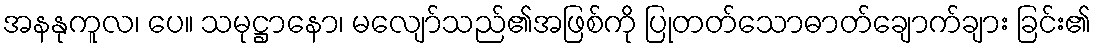
အနနုကူလ၊ ပေ။ သမုဋ္ဌာနော၊ မလျော်သည်၏အဖြစ်ကို ပြုတတ်သောဓာတ်ချောက်ချား ခြင်း၏